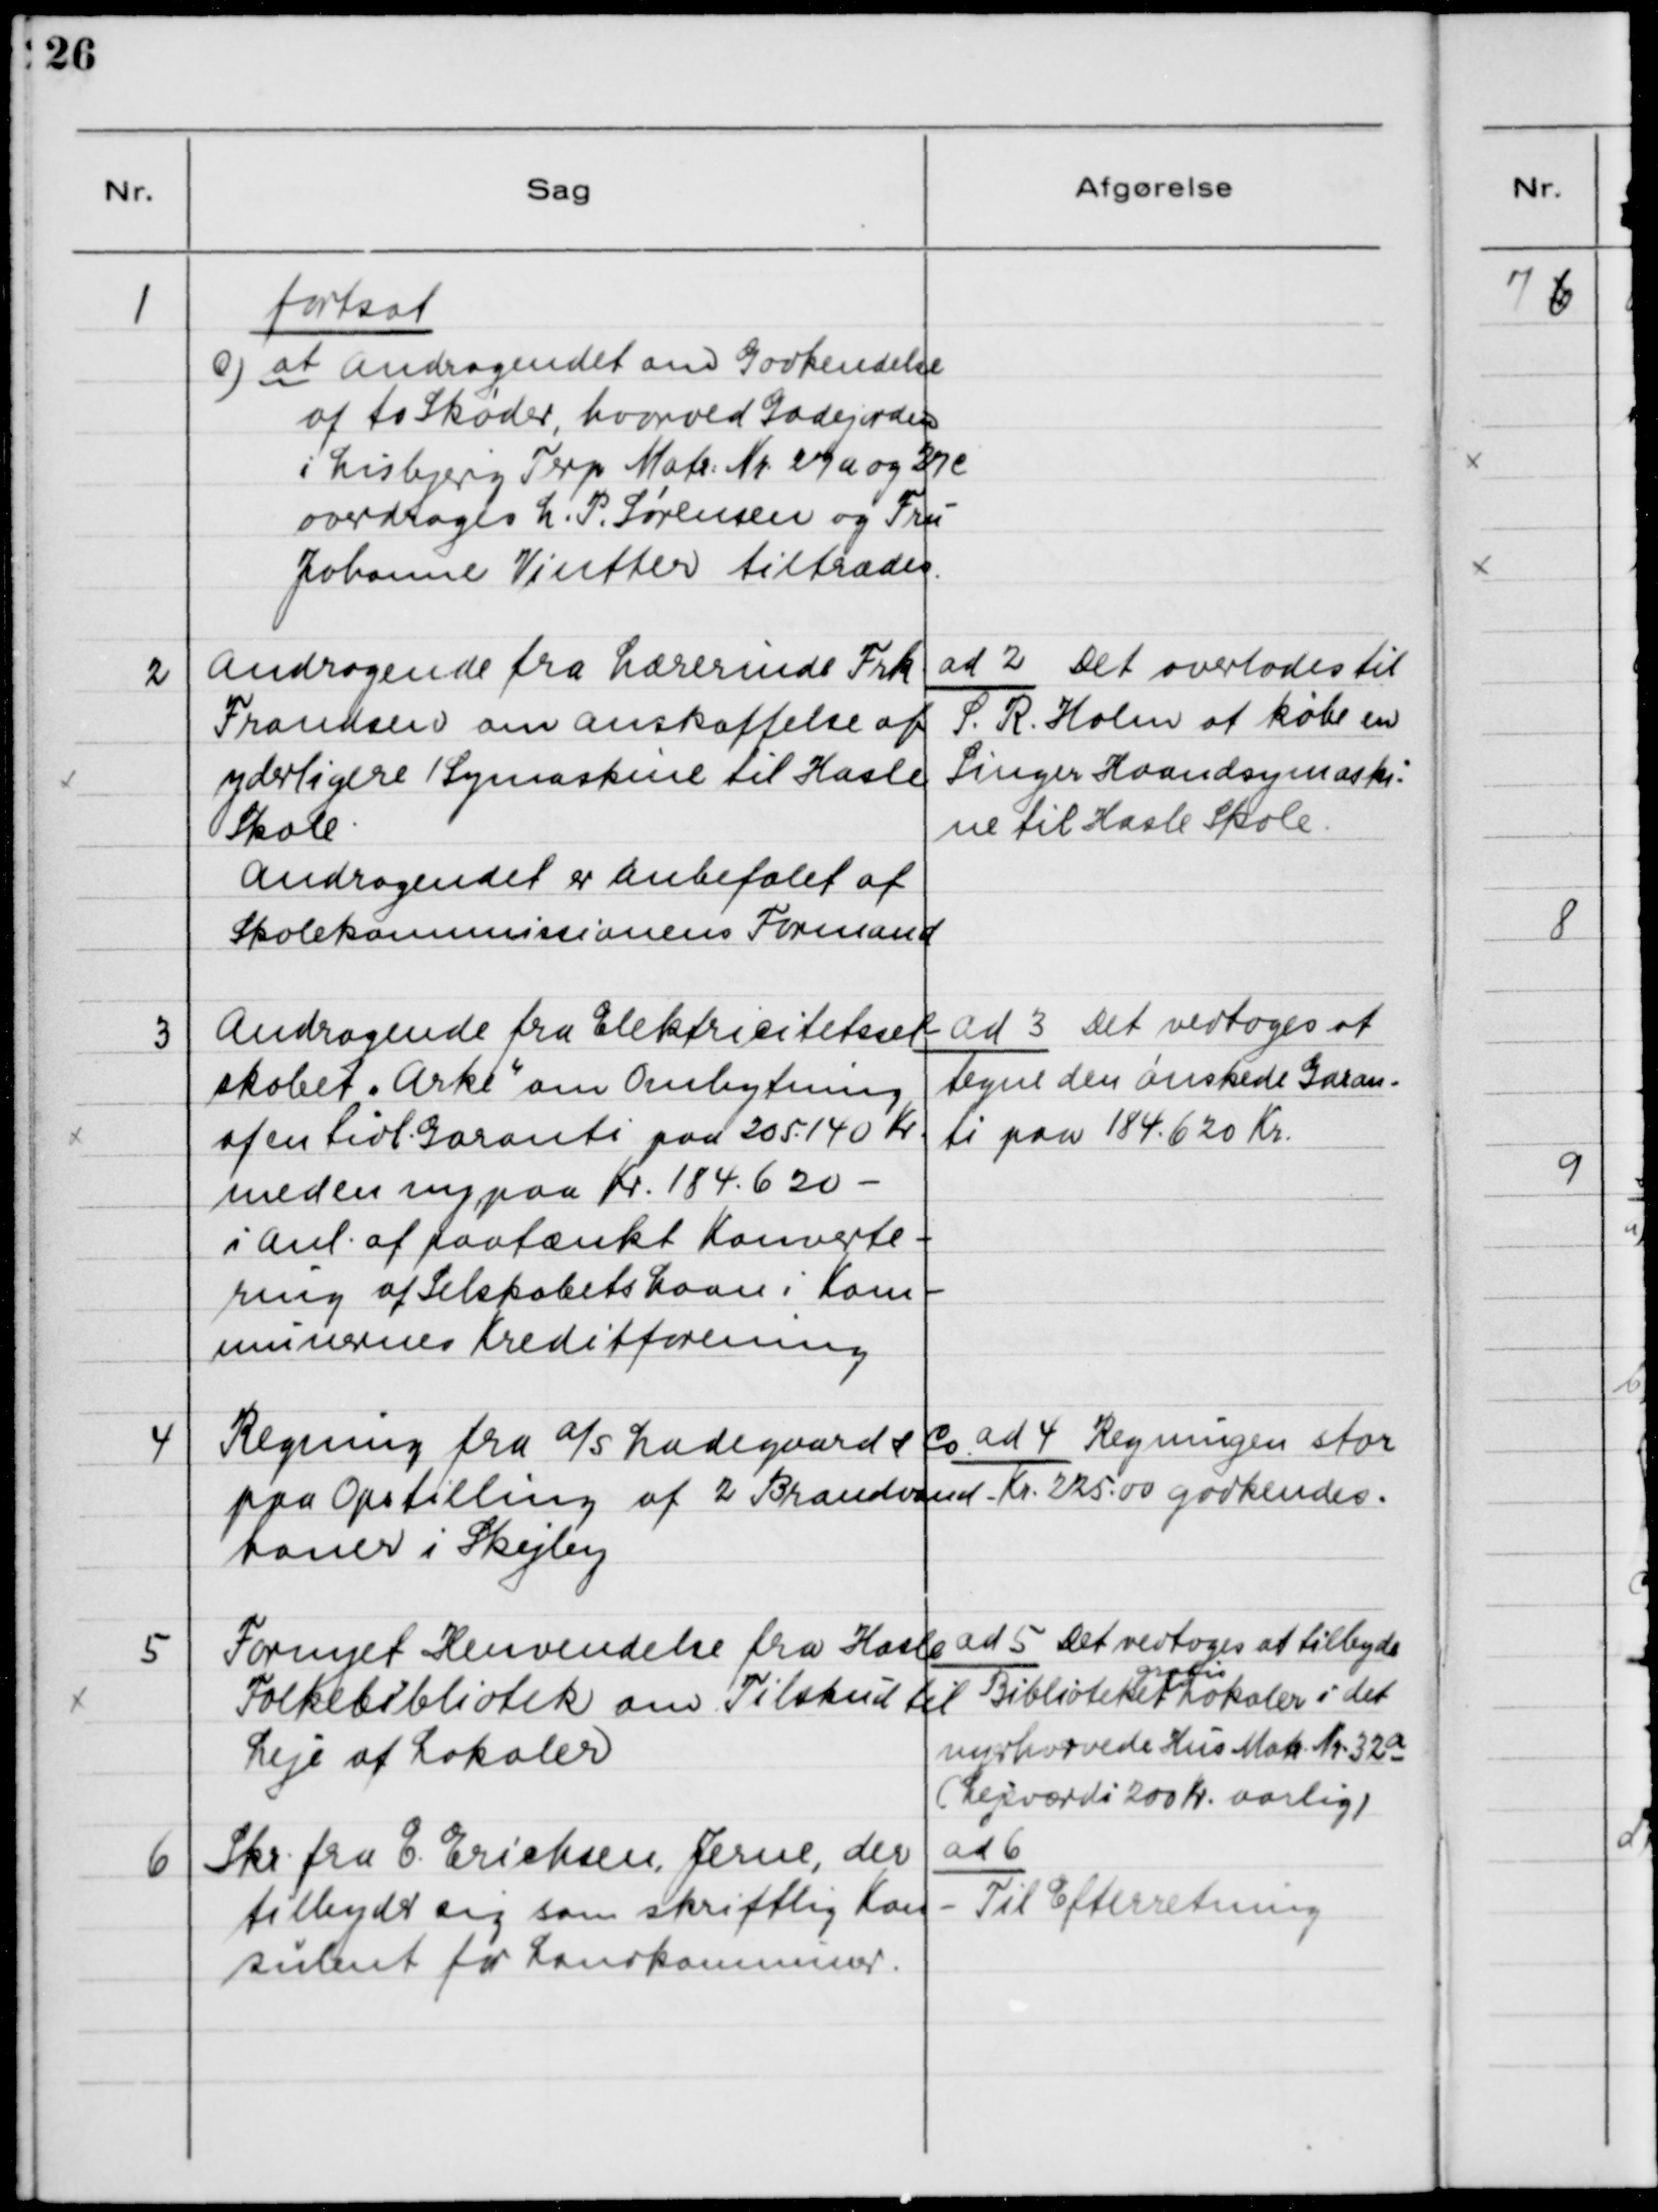
Transskription:
1

fortsat
c) at Andragendet om Godkendelse
af to Skøder, hvorved Gadejorden
i Lisbjerg Terp Matr. Nr. 27 a og 27 e
overdrages L. P. Sørensen og Fru
Johanne Vinther tiltrædes.

2

Andragende fra Lærerinde Frk.
Frandsen om Anskaffelse af
yderligere 1 Symaskine til Hasle
Skole.
Andragendet er Anskaffet af
Skolekommissionens Formand

ad 2. Det overlades til
S. R. Holm at købe en
Singer Haandsymaski-
ne til Hasle Skole.

3

Andragende fra Elektricitetssel-
skabet "Arke" om Ombytning
af en tidl. Garanti paa 205140 Kr.
med en ny paa Kr. 184620 -
i Anl. af paatænkt Konverte-
ring af Selskabets Laan i Kom-
munernes Kreditforening.

ad 3. Det vedtoges at
tegne den ønskede Garan-
ti paa 184.620 Kr.

4

Regning fra A/S Ladegaard & Co.
paa Opstilling af 2 Brandvand
haner i Skejby

ad 4. Regningen stor
Kr. 225.00 godkendes.

5

Fornyet Henvendelse fra Hasle
Folkebibliotek om Tilskud til
Leje af Lokaler

ad 5. Det vedtoges at tilbyde
gratis
Biblioteket Lokaler i det
nyerhvervede Hus Matr. Nr. 32a 
(Lejeværdi 200 Kr. aarlig)

6

Skr. fra E. Erichsen, Jerne, der
tilbyder sig som skriftlig Kon-
sulent for Landkommuner.

ad 6.
Til Efterretning